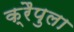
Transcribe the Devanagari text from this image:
क्रैपुला